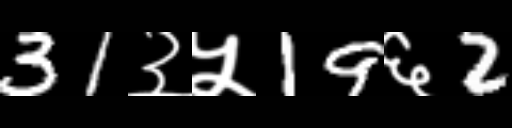
Text: 31३५19६2